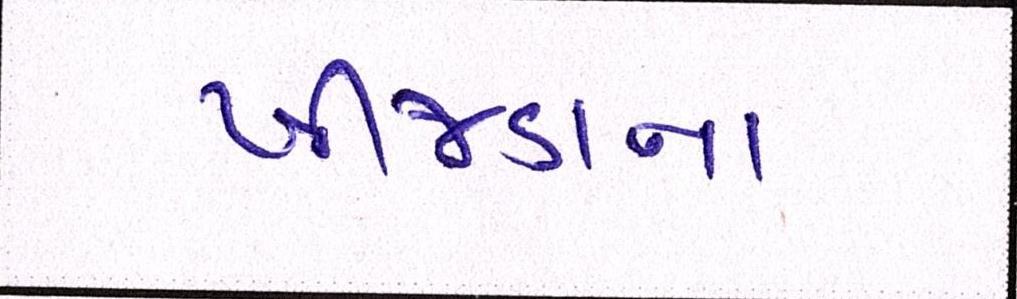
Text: ખીજડાના